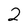
Character: 2